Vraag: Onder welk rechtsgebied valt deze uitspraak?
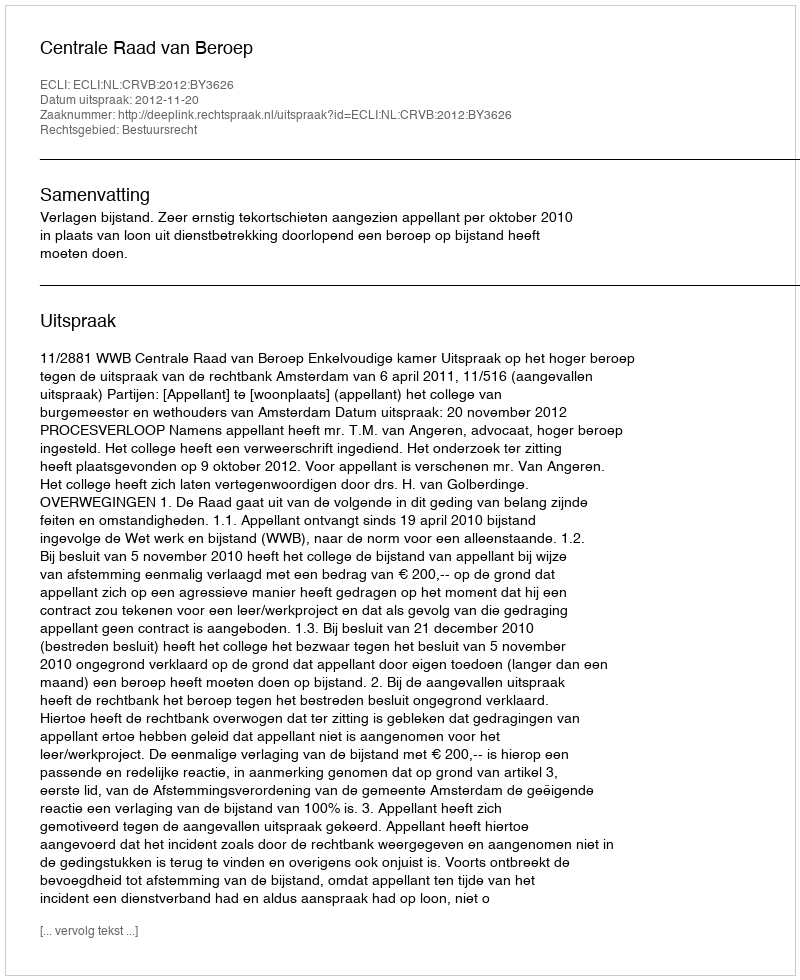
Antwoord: Bestuursrecht